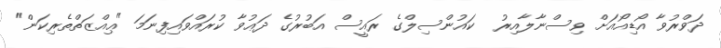
ދަވްރުވާ އޯޑިއޯއަށް ވިސްނާލާއިރު  ކައުންސިލްގެ ރައީސް އަބުރުގެ ދަޢުވާ ކުރައްވައިފިނަމަ "ޢިއްޒަތްތެރިކަން"